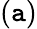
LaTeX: (\mathtt{a})